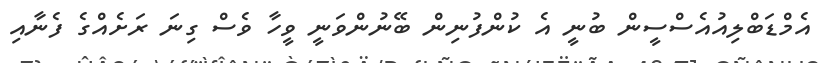
އެމްޑަބްލިއުއެސްސީން ބުނީ އެ ކުންފުނިން ބޭނުންވަނީ ވީހާ ވެސް ގިނަ ރަށެއްގެ ފެނާއި